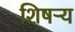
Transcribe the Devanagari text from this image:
शिषऱ्य